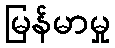
မြန်မာမှု